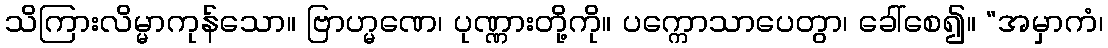
သိကြားလိမ္မာကုန်သော။ ဗြာဟ္မဏေ၊ ပုဏ္ဏားတို့ကို။ ပက္ကောသာပေတွာ၊ ခေါ်စေ၍။ “အမှာကံ၊